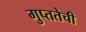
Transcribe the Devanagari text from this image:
गुप्ततेची